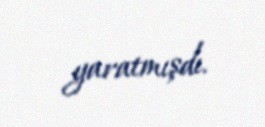
yaratmışdı.